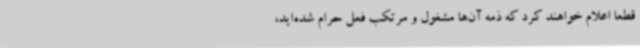
قطعاً اعلام خواهند کرد که ذمه آن‌ها مشغول و مرتکب فعل حرام شده‌اید،